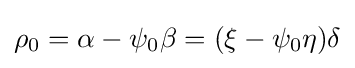
\rho _{0}=\alpha -\psi _{0}\beta =(\xi -\psi _{0}\eta )\delta